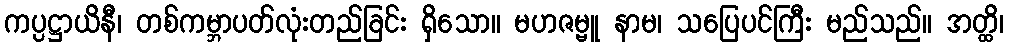
ကပ္ပဋ္ဌာယိနီ၊ တစ်ကမ္ဘာပတ်လုံးတည်ခြင်း ရှိသော။ မဟဇမ္ဗူ နာမ၊ သပြေပင်ကြီး မည်သည်။ အတ္ထိ၊